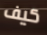
كيف